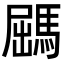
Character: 𩣹